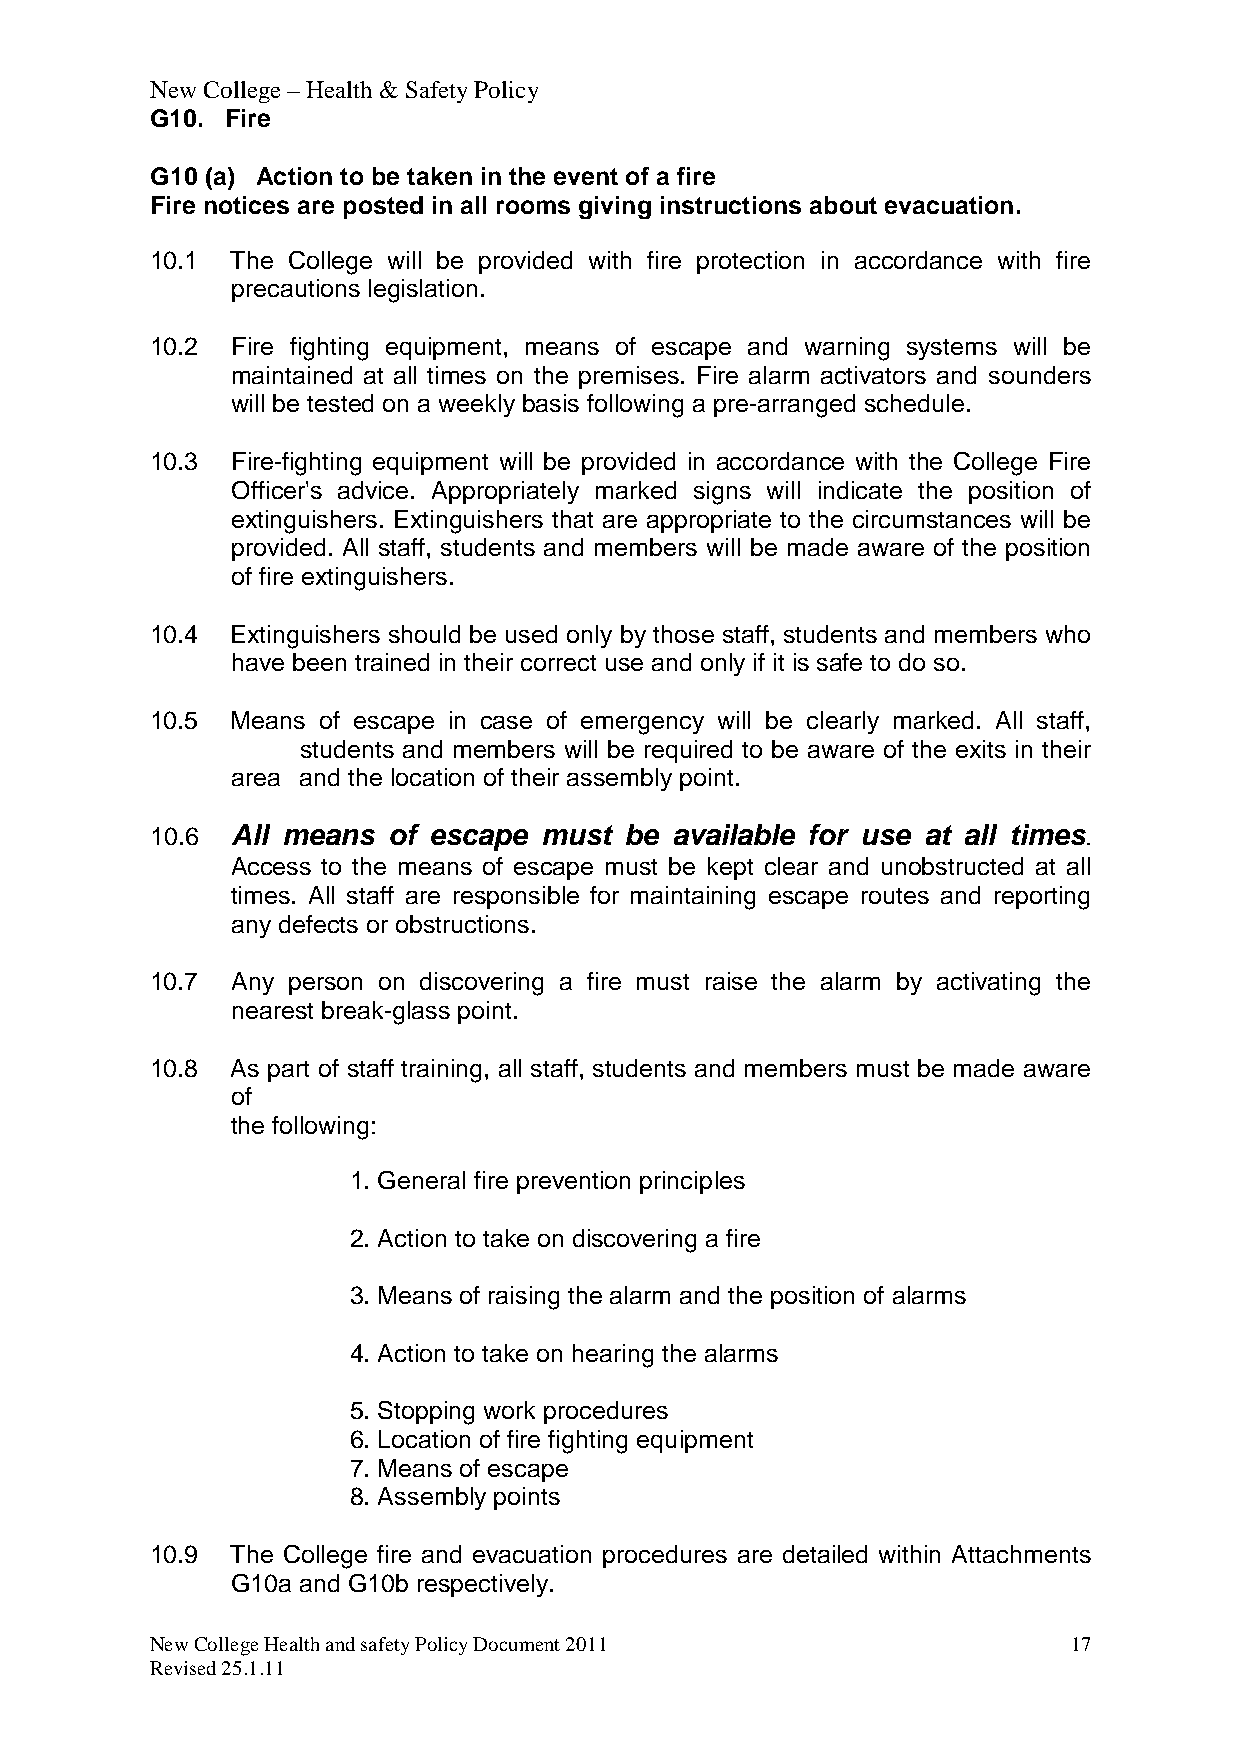
New College – Health & Safety Policy
 G10. Fire
 G10 (a) Action to be taken in the event of a fire
 Fire notices are posted in all rooms giving instructions about evacuation.
 10.1 The College will be provided with fire protection in accordance with fire
 precautions legislation.
 10.2 Fire fighting equipment, means of escape and warning systems will be
 maintained at all times on the premises. Fire alarm activators and sounders
 will be tested on a weekly basis following a pre-arranged schedule.
 10.3 Fire-fighting equipment will be provided in accordance with the College Fire
 Officer's advice. Appropriately marked signs will indicate the position of
 extinguishers. Extinguishers that are appropriate to the circumstances will be
 provided. All staff, students and members will be made aware of the position
 of fire extinguishers.
 10.4 Extinguishers should be used only by those staff, students and members who
 have been trained in their correct use and only if it is safe to do so.
 10.5 Means of escape in case of emergency will be clearly marked. All staff,
 students and members will be required to be aware of the exits in their
 area and the location of their assembly point.
 10.6 All means  of escape must be available for use at all times.
 Access to the means of escape must be kept clear and unobstructed at all
 times. All staff are responsible for maintaining escape routes and reporting
 any defects or obstructions.
 10.7 Any person on discovering a fire must raise the alarm by activating the
 nearest break-glass point.
 10.8 As part of staff training, all staff, students and members must be made aware
 of
 the following:
 1. General fire prevention principles
 2. Action to take on discovering a fire
 3. Means of raising the alarm and the position of alarms
 4. Action to take on hearing the alarms
 5. Stopping work procedures
 6. Location of fire fighting equipment
 7. Means of escape
 8. Assembly points
 10.9 The College fire and evacuation procedures are detailed within Attachments
 G10a and G10b respectively.
 New College Health and safety Policy Document 2011           17
 Revised 25.1.11